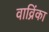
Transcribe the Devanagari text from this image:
वाव्रिंका